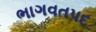
ભાગવતપદ